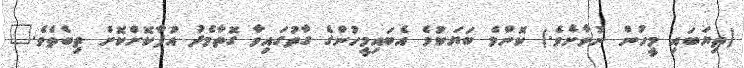
(ތިޔަބައި މީހުން ނުވާށެވެ.) ކޮންމެ ބަޔަކުމެ އެބައިމީހުންގެ ގާތުގައިވާ ގޮތާމެދު އުފާކޮށްކޮށް ތިބެތެވެ."